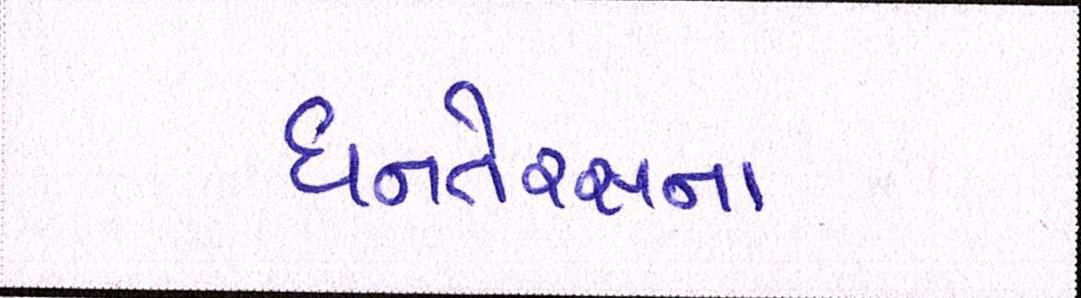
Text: ધનતેરસના